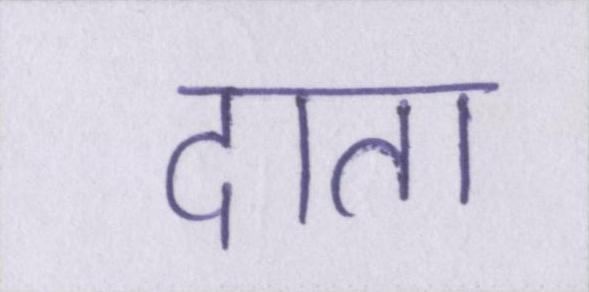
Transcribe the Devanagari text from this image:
दाता